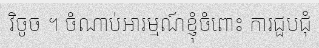
វិចូច ។ ចំណាប់អារម្មណ៍ខ្ញុំចំពោះ ការជួបជុំ